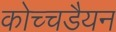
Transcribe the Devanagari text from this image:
कोच्चडैयन